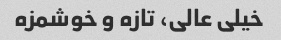
خیلی عالی، تازه و خوشمزه